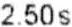
2.50S